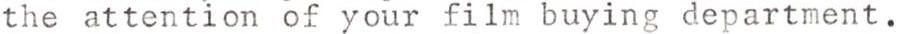
the attention of your film buying department.